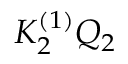
K _ { 2 } ^ { ( 1 ) } { \cal Q } _ { 2 }